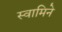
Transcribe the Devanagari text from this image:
स्वामिने